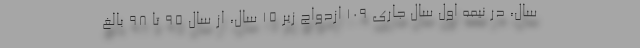
سال، در نیمه اول سال جاری ۱۰۹ ازدواج زیر ۱۵ سال، از سال ۹۵ تا ۹۸ بالغ